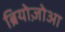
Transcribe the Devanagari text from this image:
ब्रियोज़ोआ